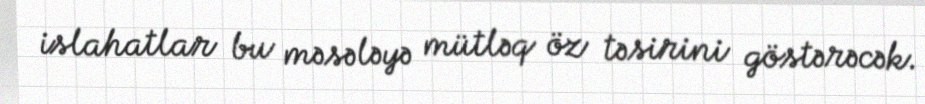
islahatlar bu məsələyə mütləq öz təsirini göstərəcək.